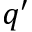
q ^ { \prime }